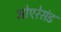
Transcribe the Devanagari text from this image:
ओएरेसंड